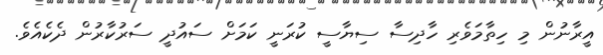
އީރާނުން މި ހިތާމަވެރި ހާދިސާ ސިޔާސީ ކުރަނީ ކަމަށް ސައުދީ ސަރުކާރުން ދެކެއެވެ.